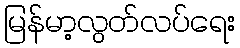
မြန်မာ့လွတ်လပ်ရေး